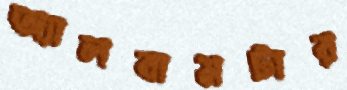
অ্যালবামটার